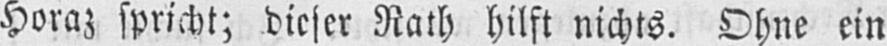
Horaz spricht; dieser Rath hilft nichts. Ohne ein